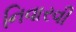
નિવારવી